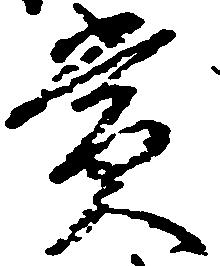
賞